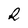
Character: R